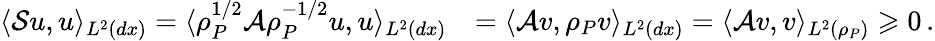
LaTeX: \begin{array}{rl}{\langle\mathcal{S}u,u\rangle_{L^{2}(dx)}=\langle\rho_{P}^{1/2}\mathcal{A}\rho_{P}^{-1/2}u,u\rangle_{L^{2}(dx)}}&{=\langle\mathcal{A}v,\rho_{P}v\rangle_{L^{2}(dx)}=\langle\mathcal{A}v,v\rangle_{L^{2}(\rho_{P})}\geqslant 0\, .}\end{array}